Indian journal of veterinary science and animal husbandry - Volumes 28-29, 1958-1959
Year: 1958
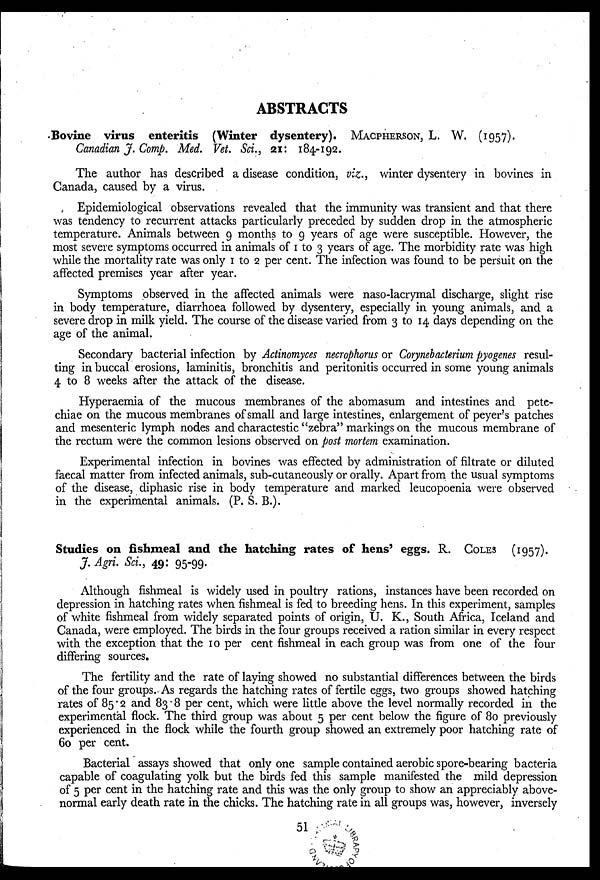
ABSTRACTS
Bovine virus enteritis (Winter dysentery). MACPHERSON, L. W. (1957).
Canadian J. Comp. Med. Vet. Sci., 21: 184-192.
The author has described a disease condition, viz., winter dysentery in bovines in
Canada, caused by a virus.
Epidemiological observations revealed that the immunity was transient and that there
was tendency to recurrent attacks particularly preceded by sudden drop in the atmospheric
temperature. Animals between 9 months to 9 years of age were susceptible. However, the
most severe symptoms occurred in animals of 1 to 3 years of age. The morbidity rate was high
while the mortality rate was only 1 to 2 per cent. The infection was found to be persuit on the
affected premises year after year.
Symptoms observed in the affected animals were naso-lacrymal discharge, slight rise
in body temperature, diarrhoea followed by dysentery, especially in young animals, and a
severe drop in milk yield. The course of the disease varied from 3 to 14 days depending on the
age of the animal.
Secondary bacterial infection by Actinomyces necrophorus or Corynebacterium pyogenes resul-
ting in buccal erosions, laminitis, bronchitis and peritonitis occurred in some young animals
4 to 8 weeks after the attack of the disease.
Hyperaemia of the mucous membranes of the abomasum and intestines and pete-
chiae on the mucous membranes of small and large intestines, enlargement of peyer's patches
and mesenteric lymph nodes and charactestic "zebra" markings on the mucous membrane of
the rectum were the common lesions observed on post mortem examination.
Experimental infection in bovines was effected by administration of filtrate or diluted
faecal matter from infected animals, sub-cutaneously or orally. Apart from the usual symptoms
of the disease, diphasic rise in body temperature and marked leucopoenia were observed
in the experimental animals. (P. S. B.).
Studies on fishmeal and the hatching rates of hens' eggs. R. COLES (1957).
J. Agri. Sci., 49: 95-99.
Although fishmeal is widely used in poultry rations, instances have been recorded on
depression in hatching rates when fishmeal is fed to breeding hens. In this experiment, samples
of white fishmeal from widely separated points of origin, U. K., South Africa, Iceland and
Canada, were employed. The birds in the four groups received a ration similar in every respect
with the exception that the 10 per cent fishmeal in each group was from one of the four
differing sources.
The fertility and the rate of laying showed no substantial differences between the birds
of the four groups. As regards the hatching rates of fertile eggs, two groups showed hatching
rates of 85.2 and 83.8 per cent, which were little above the level normally recorded in the
experimental flock. The third group was about 5 per cent below the figure of 80 previously
experienced in the flock while the fourth group showed an extremely poor hatching rate of
60 per cent.
Bacterial assays showed that only one sample contained aerobic spore-bearing bacteria
capable of coagulating yolk but the birds fed this sample manifested the mild depression
of 5 per cent in the hatching rate and this was the only group to show an appreciably above-
normal early death rate in the chicks. The hatching rate in all groups was, however, inversely
51